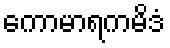
ကောမာရကမိဒံ